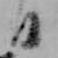
日